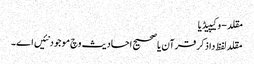
مقلد - وکیپیڈیا
مقلد لفظ دا ذکر قرآن یا صحیح احادیث وچ موجود نئیں ا‏‏ے۔